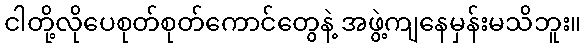
ငါတို့လိုပေစုတ်စုတ်ကောင်တွေနဲ့ အဖွဲ့ကျနေမှန်းမသိဘူး။